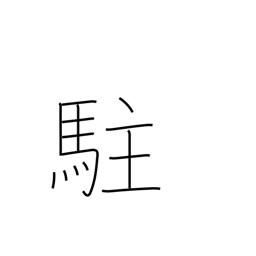
Meaning: reside in